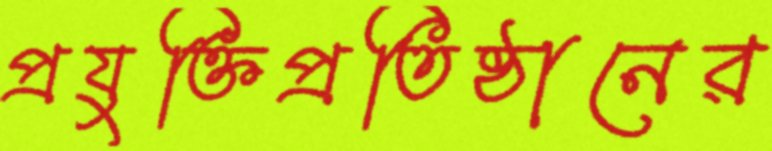
প্রযুক্তিপ্রতিষ্ঠানের